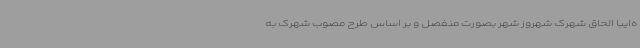
ه‌ایبا الحاق شهرک شهروز شهر بصورت منفصل و بر اساس طرح مصوب شهرک به